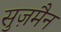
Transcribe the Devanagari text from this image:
सुज़मैन